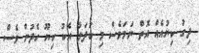
ދިގު ކިޔުއެއް އޮތް ނަމަވެސް މި ބަދަލާ އެކު ކިޔޫ ހެދުން ވެސް